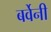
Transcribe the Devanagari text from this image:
बर्वेनी